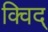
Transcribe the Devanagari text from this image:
क्विद्